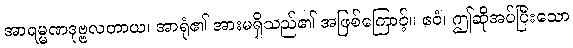
အာရမ္မဏဒုဗ္ဗလတာယ၊ အာရုံ၏ အားမရှိသည်၏ အဖြစ်ကြောင့်။ ဧဝံ၊ ဤဆိုအပ်ပြီးသော